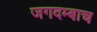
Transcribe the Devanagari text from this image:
जगदम्बाच